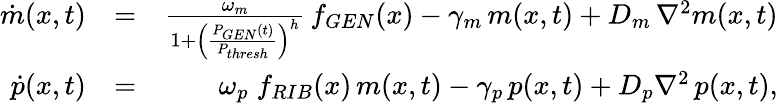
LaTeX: \begin{array}{rlr}{\dot{m}(x,t)}&{=}&{\frac{\omega_{m}}{1+\left(\frac{P_{GEN}(t)}{P_{thresh}}\right)^{h}}\, f_{GEN}(x)-\gamma_{m}\, m(x,t)+D_{m}\, \nabla^{2}m(x,t)}\\ {\dot{p}(x,t)}&{=}&{\omega_{p}\; f_{RIB}(x)\, m(x,t)-\gamma_{p}\, p(x,t)+D_{p}\nabla^{2}\, p(x,t),}\end{array}